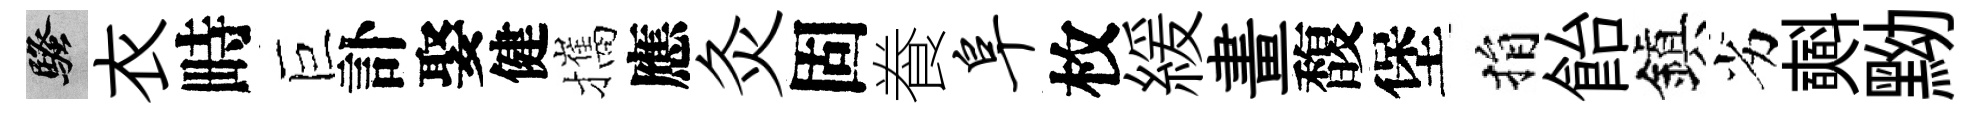
騷衣畤巨訃娶健攜應灸固飬阜枚緩畫馥堡捐飴鎭劣𣂏黝